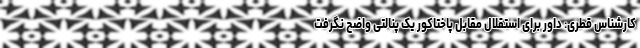
کارشناس قطری: داور برای استقلال مقابل پاختاکور یک پنالتی واضح نگرفت